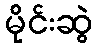
မိုင်းဆွဲ